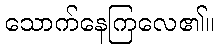
သောက်နေကြလေ၏။